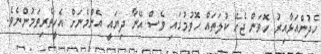
ހެދުންއަޅާއިރު ހޮވަން ޖެހޭ ކުލަތައް ހޮވުމުގައި ވެސް އޭނާ ދިޔައީ އެންމެނަށް އެހީތެރިވަމުންނެވެ.